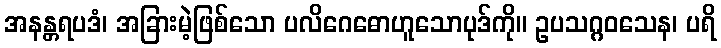
အနန္တရပဒံ၊ အခြားမဲ့ဖြစ်သော ပလိဂေဓောဟူသောပုဒ်ကို။ ဥပသဂ္ဂဝသေန၊ ပရိ